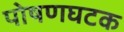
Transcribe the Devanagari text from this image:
पोषणघटक